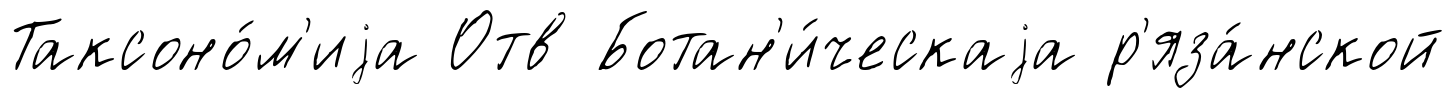
Таксоно́м'иjа Отв Ботан'и́ческаjа р'яза́нской